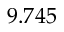
9 . 7 4 5